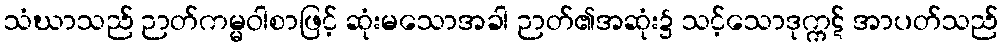
သံဃာသည် ဉာတ်ကမ္မဝါစာဖြင့် ဆုံးမသောအခါ ဉာတ်၏အဆုံး၌ သင့်သောဒုက္ကဋ် အာပတ်သည်